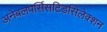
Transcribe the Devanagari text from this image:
अनेबलपर्सिसटिडसिलेक्शन